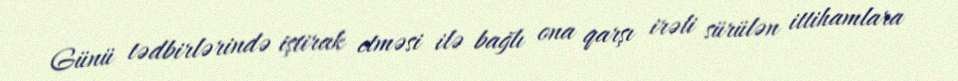
Günü tədbirlərində iştirak etməsi ilə bağlı ona qarşı irəli sürülən ittihamlara